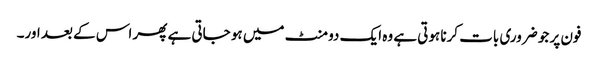
فون پر جو ضروری بات کرنا ہوتی ہے وہ ایک دو منٹ میں ہو جاتی ہے پھر اس کے بعد اور۔